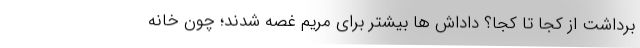
برداشت از کجا تا کجا؟ داداش ها بیشتر برای مریم غصه شدند؛ چون خانه